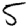
Digit: 5